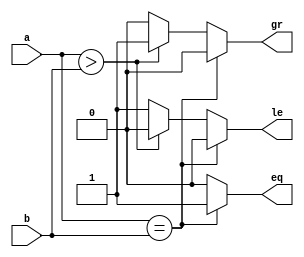
module comp(a,b,eq,gr,le);
input [3:0] a,b;
output reg eq,gr,le;
always @(a or b)
begin
eq=0; 
gr=0; 
le=0;
if(a==b)
eq=1;
else if (a>b)
gr=1;
else
le=1;
end
endmodule